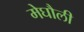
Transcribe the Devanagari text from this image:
मेघौली